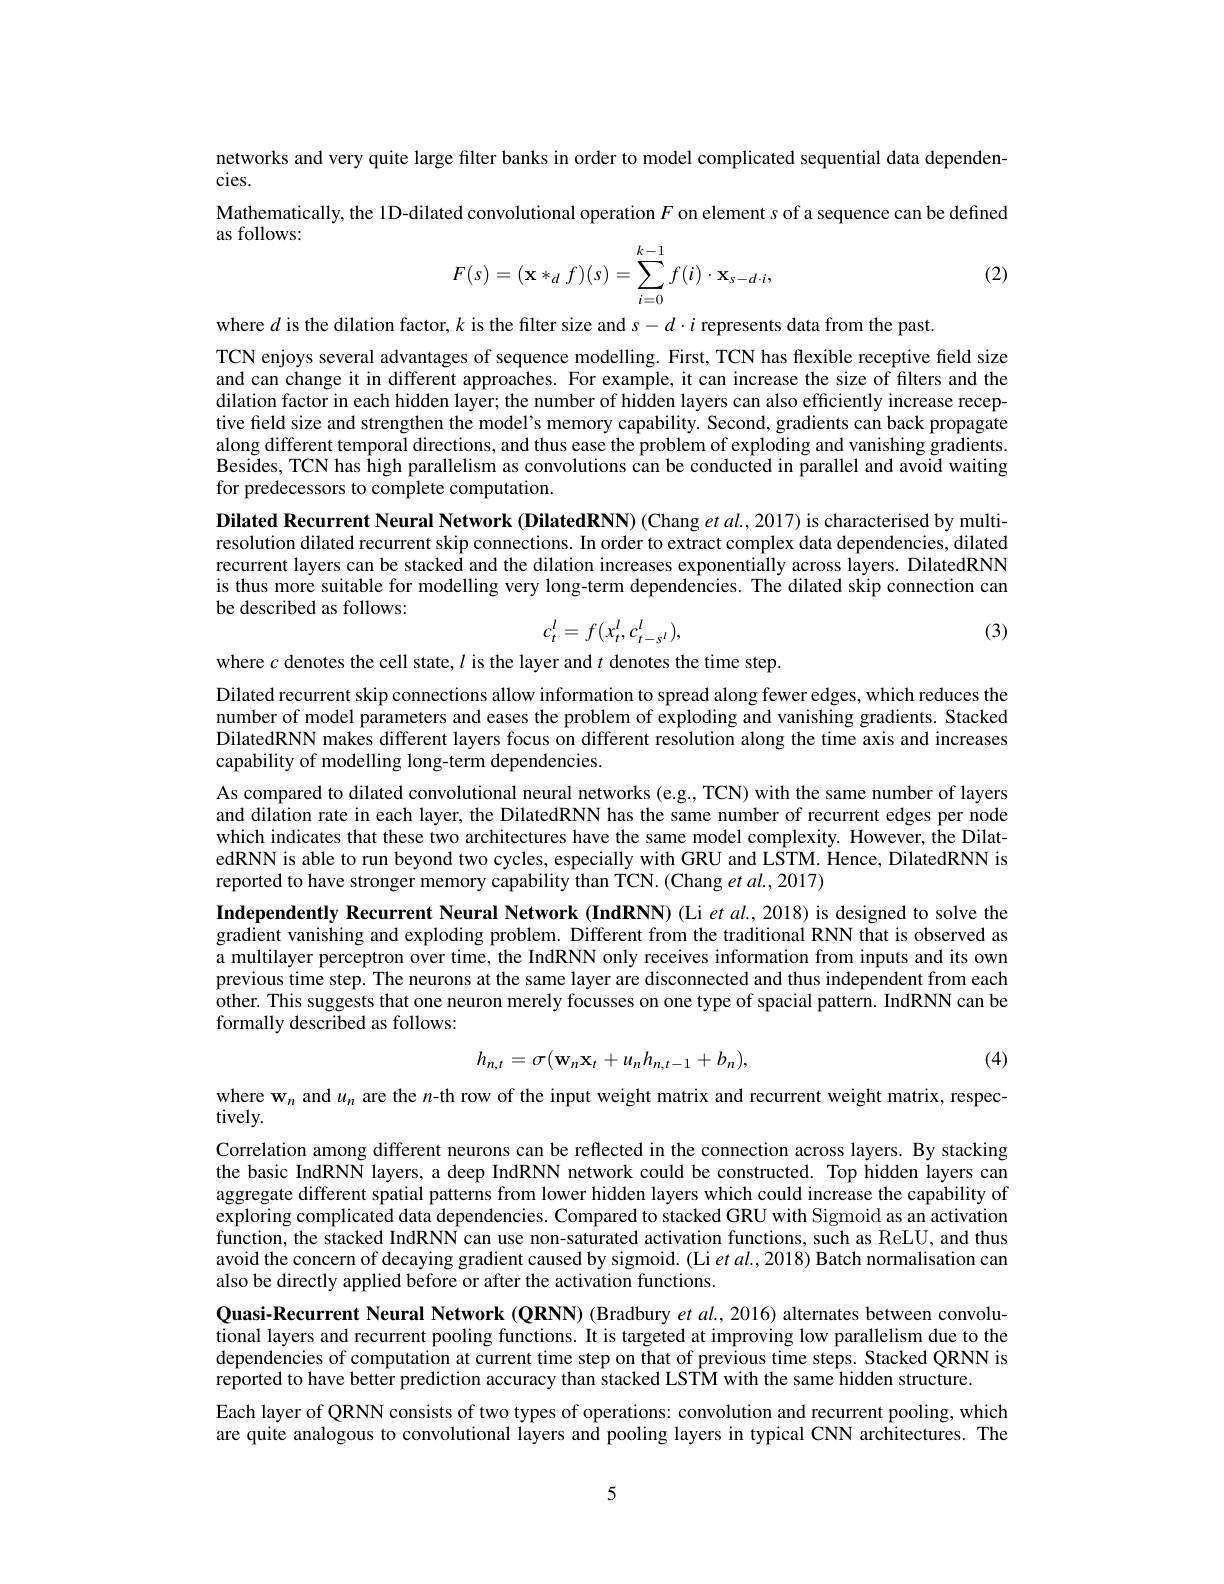
networks and very quite large filter banks in order to model complicated sequential data dependen-
cies.
Mathematically, the 1D-dilated convolutional operation $F$ on element s of a sequence can be defined
as follows:
$$F(s)=(\mathbf{x}*_df)(s)=\sum_{i=0}^{k-1}f(i)\cdot\mathbf{x}_{s-d\cdot i},$$
(2)

where $d$ is the dilation factor, $k$ is the filter size and $s-d\cdot i$ represents data from the past.
TCN enjoys several advantages of sequence modelling. First, TCN has flexible receptive field size and can change it in different approaches. For example, it can increase the size of filters and the dilation factor in each hidden layer; the number of hidden layers can also efficiently increase receptive field size and strengthen the model's memory capability. Second, gradients can back propagate along different temporal directions, and thus ease the problem of exploding and vanishing gradients. Besides, TCN has high parallelism as convolutions can be conducted in parallel and avoid waiting for predecessors to complete computation.

Dilated Recurrent Neural Network (DilatedRN) (Chang $et\textit{al. , 2017) is characterisedbymulti- }$

resolution dilated recurrent skip connections. In order to extract complex data dependencies, dilated

recurrent layers can be stacked and the dilation increases exponentially across layers. DilatedRNN

is thus more suitable for modelling very long-term dependencies. The dilated skip connection can

be described as follows:
$$c_t^l=f(x_t^l,c_{t-s^l}^l),$$
(3)

where $c$ denotes the cell state, $l$ is the layer and $t$ denotes the time step.

Dilated recurrent skip connections allow information to spread along fewer edges, which reduces the number of model parameters and eases the problem of exploding and vanishing gradients. Stacked DilatedRNN makes different layers focus on different resolution along the time axis and increases capability of modelling long-term dependencies.
As compared to dilated convolutional neural networks (e.g., TCN) with the same number of layers and dilation rate in each layer, the DilatedRNN has the same number of recurrent edges per node which indicates that these two architectures have the same model complexity. However, the DilatedRNN is able to run beyond two cycles, especially with GRU and LSTM. Hence, DilatedRNN is reported to have stronger memory capability than TCN. (Chang et al.,2017)

Independently Recurrent Neural Network (IndRNN) (Li et al.,2018) is designed to solve the gradient vanishing and exploding problem. Different from the traditional RNN that is observed as a multilayer perceptron over time, the IndRNN only receives information from inputs and its own previous time step. The neurons at the same layer are disconnected and thus independent from each other. This suggests that one neuron merely focusses on one type of spacial pattern. IndRNN can be formally described as follows:

(4)
$$h_{n,t}=\sigma(\mathbf{w}_n\mathbf{x}_t+u_nh_{n,t-1}+b_n),$$
where $\mathbf{w}_n$ and $u_n$ are the $n$-th row of the input weight matrix and recurrent weight matrix, respec-

Correlation among different neurons can be reflected in the connection across layers. By stacking the basic IndRNN layers, a deep IndRNN network could be constructed. Top hidden layers can aggregate different spatial patterns from lower hidden layers which could increase the capability of exploring complicated data dependencies. Compared to stacked GRU with Sigmoid as an activation function, the stacked IndRNN can use non-saturated activation functions, such as ReLU, and thus avoid the concern of decaying gradient caused by sigmoid. (Li et al., 2018) Batch normalisation can also be directly applied before or after the activation functions.

tively.
Quasi-Recurrent Neural Network (QRNN) (Bradbury $et\textit{al. , 2016) alternates between convolu- }$ tional layers and recurrent pooling functions. It is targeted at improving low parallelism due to the dependencies of computation at current time step on that of previous time steps. Stacked QRNN is reported to have better prediction accuracy than stacked LSTM with the same hidden structure.
Each layer of QRNN consists of two types of operations: convolution and recurrent pooling, which are quite analogous to convolutional layers and pooling layers in typical CNN architectures. The

5